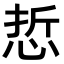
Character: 悊